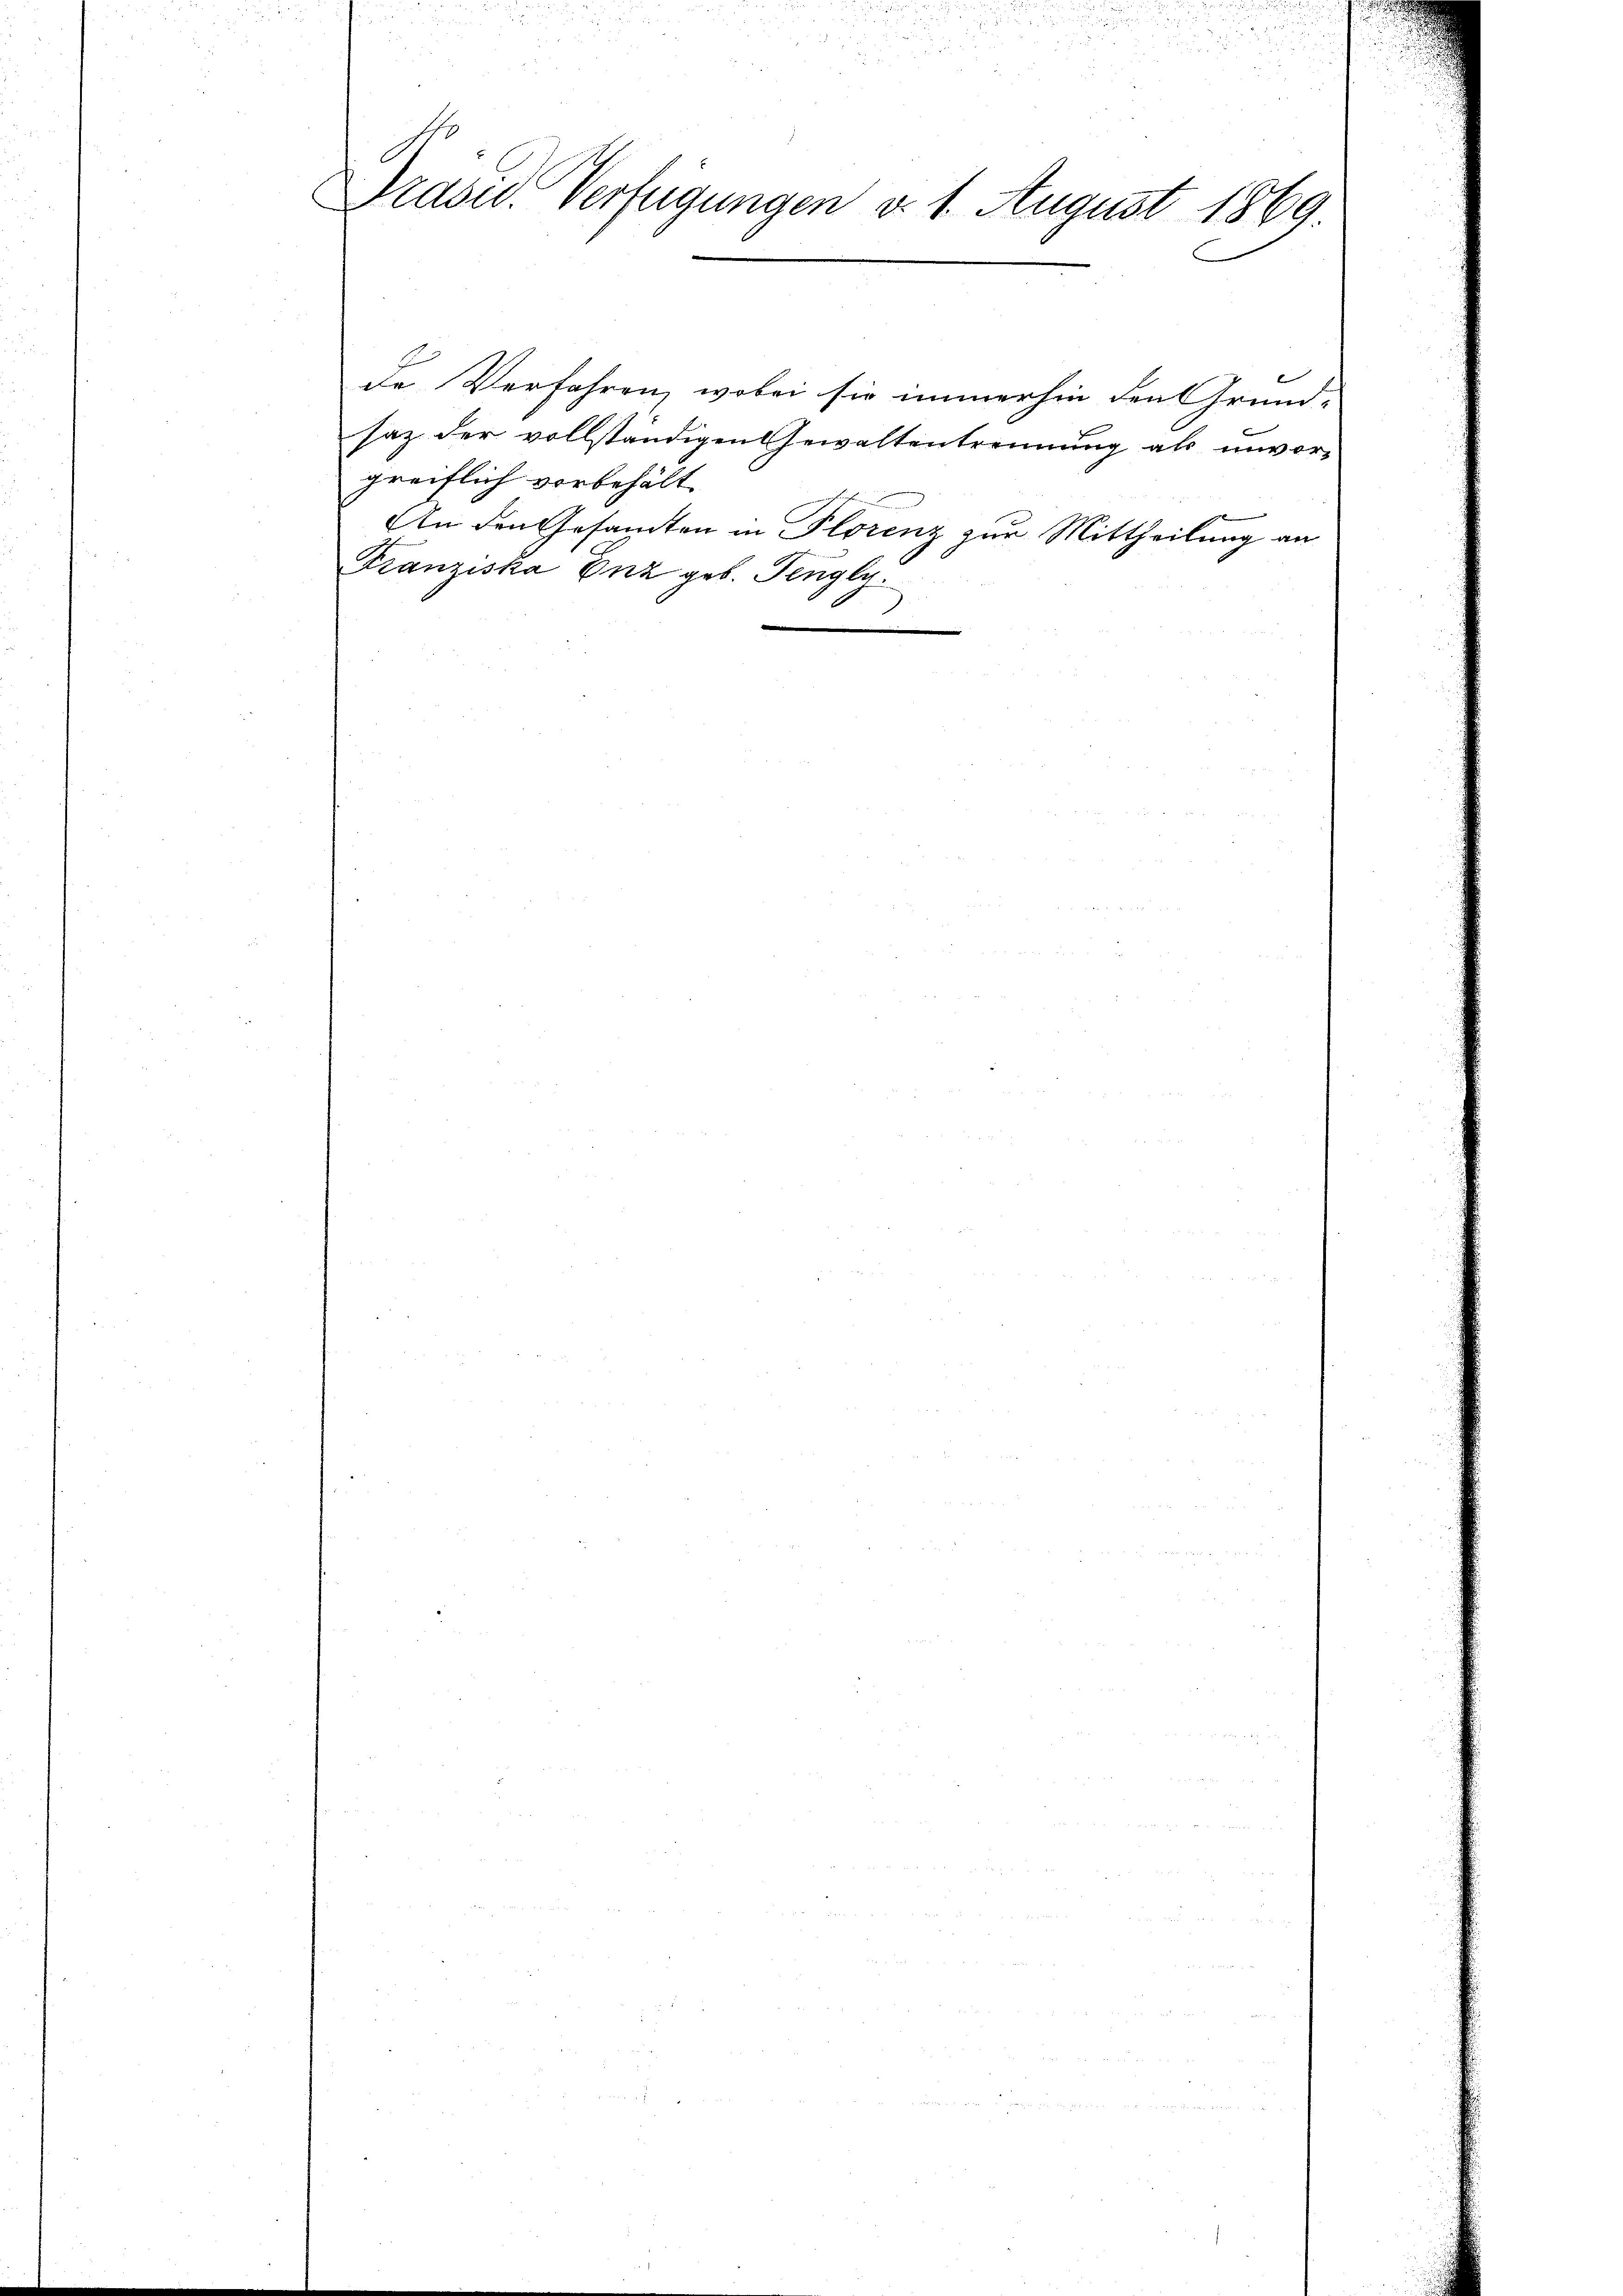
Drave. Verfügungen d. 1. August 1869.

de Verfahren, wobei sie immerhin den Grund-
saz der vollständigen Gewaltentrennung als unvorgreiflich vorbehält.
An den Gesandten in Florenz zur Mittheilung an
Franziska Enz geb. Pengly.